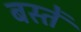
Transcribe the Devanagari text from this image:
बस्‍तें